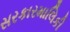
સરકારમાલિકી